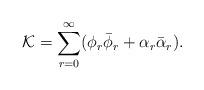
LaTeX: \begin{align*}\mathcal{K}=\sum_{r=0}^{\infty} (\phi_r\bar{\phi}_r+\alpha_r\bar{\alpha}_r).\end{align*}